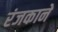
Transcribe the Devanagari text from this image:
रंजकाने